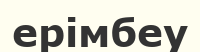
ерімбеу